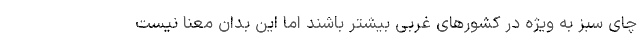
چای سبز به ویژه در کشورهای غربی بیشتر باشند اما این بدان معنا نیست